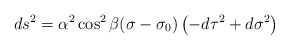
\begin{align*}ds^{2} = \alpha^{2}\cos^{2} \beta (\sigma - \sigma_{0}) \left ( -d\tau^{2}+ d\sigma^{2} \right )\end{align*}